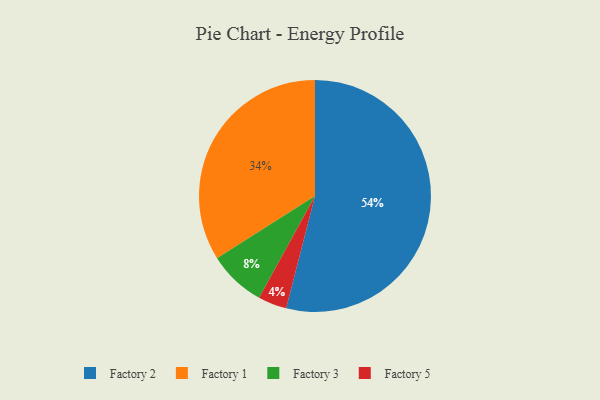
{"axis": {"x": "Category", "y": "Percentage"}, "legend": ["Factory 1", "Factory 2", "Factory 3", "Factory 5"], "data": [{"x": "Factory 5", "y": 4, "type": "Factory 5"}, {"x": "Factory 1", "y": 34, "type": "Factory 1"}, {"x": "Factory 3", "y": 8, "type": "Factory 3"}, {"x": "Factory 2", "y": 54, "type": "Factory 2"}]}